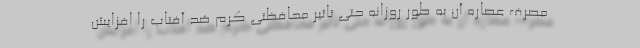
مصرف عصاره آن به طور روزانه حتی تاثیر محافظتی کرم ضد آفتاب را افزایش